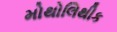
મોથોલિથીક